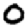
Digit: 0